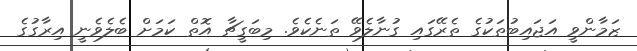
ޒަމާންވީ އަޖައިބުތަކުގެ ތެރޭގައި ގުނާލެވޭ ތަނެކެވެ. މިބަގީޗާ އޮތް ކަމަށް ބެލެވެނީ އިރާގުގެ